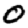
Digit: 0